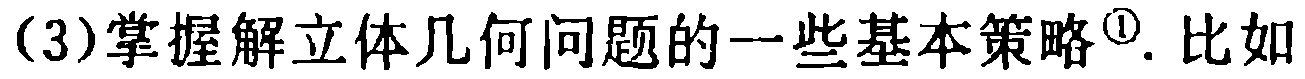
(3)掌握解立体几何问题的一些基本策略\(^{\textcircled{1}}\). 比如